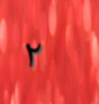
٢